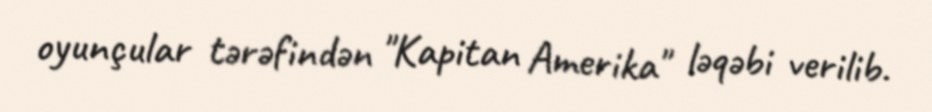
oyunçular tərəfindən "Kapitan Amerika" ləqəbi verilib.